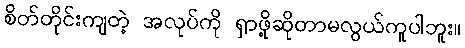
စိတ်တိုင်းကျတဲ့ အလုပ်ကို ရှာဖို့ဆိုတာမလွယ်ကူပါဘူး။